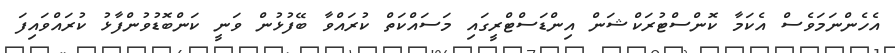
އެހެންނަމަވެސް އެކަމާ ކޮންސްޓުރަކްޝަން އިންޑަސްޓްރީގައި މަސައްކަތް ކުރައްވާ ބޭފުޅުން ވަނީ ކަންބޮޑުވުންފާޅު ކުރައްވައިފަ